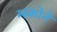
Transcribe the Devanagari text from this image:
म्स्कोने